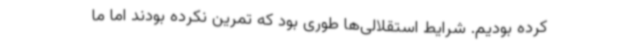
کرده بودیم. شرایط استقلالی‌ها طوری بود که تمرین نکرده بودند اما ما